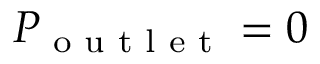
P _ { \textrm { o u t l e t } } = 0